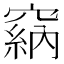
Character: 𥧩